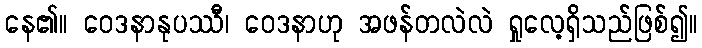
နေ၏။ ဝေဒနာနုပဿီ၊ ဝေဒနာဟု အဖန်တလဲလဲ ရှုလေ့ရှိသည်ဖြစ်၍။